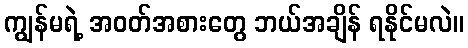
ကျွန်မရဲ့ အဝတ်အစားတွေ ဘယ်အချိန် ရနိုင်မလဲ။